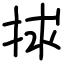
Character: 捄